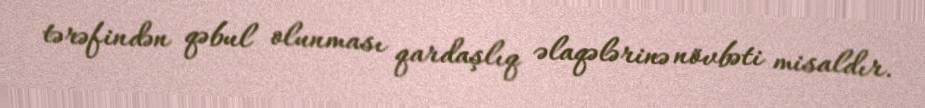
tərəfindən qəbul olunması qardaşlıq əlaqələrinə növbəti misaldır.